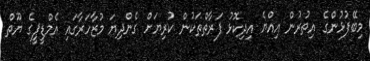
މިބޭފުޅުންގެ އިތުރުން އިއްޔެ އިދިކޮޅު ފަރާތްތަކުން ކުރިޔަށް ގެންދިޔަ މުޒާހަރާގައި އެމްޑީޕީގެ ޔޫތް